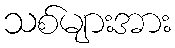
သစ်များအား